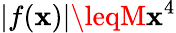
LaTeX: |f(\mathbf{x})|\leqM\mathbf{x}^{4}